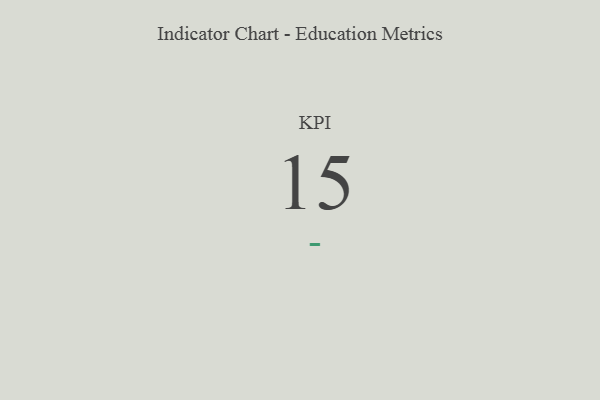
{"axis": {"x": "KPI", "y": "Value"}, "legend": [""], "data": [{"x": "KPI", "y": 15, "type": ""}]}